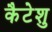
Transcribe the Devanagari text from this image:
कैटेशु